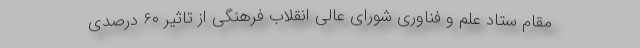
مقام ستاد علم و فناوری شورای عالی انقلاب فرهنگی از تاثیر ۶۰ درصدی